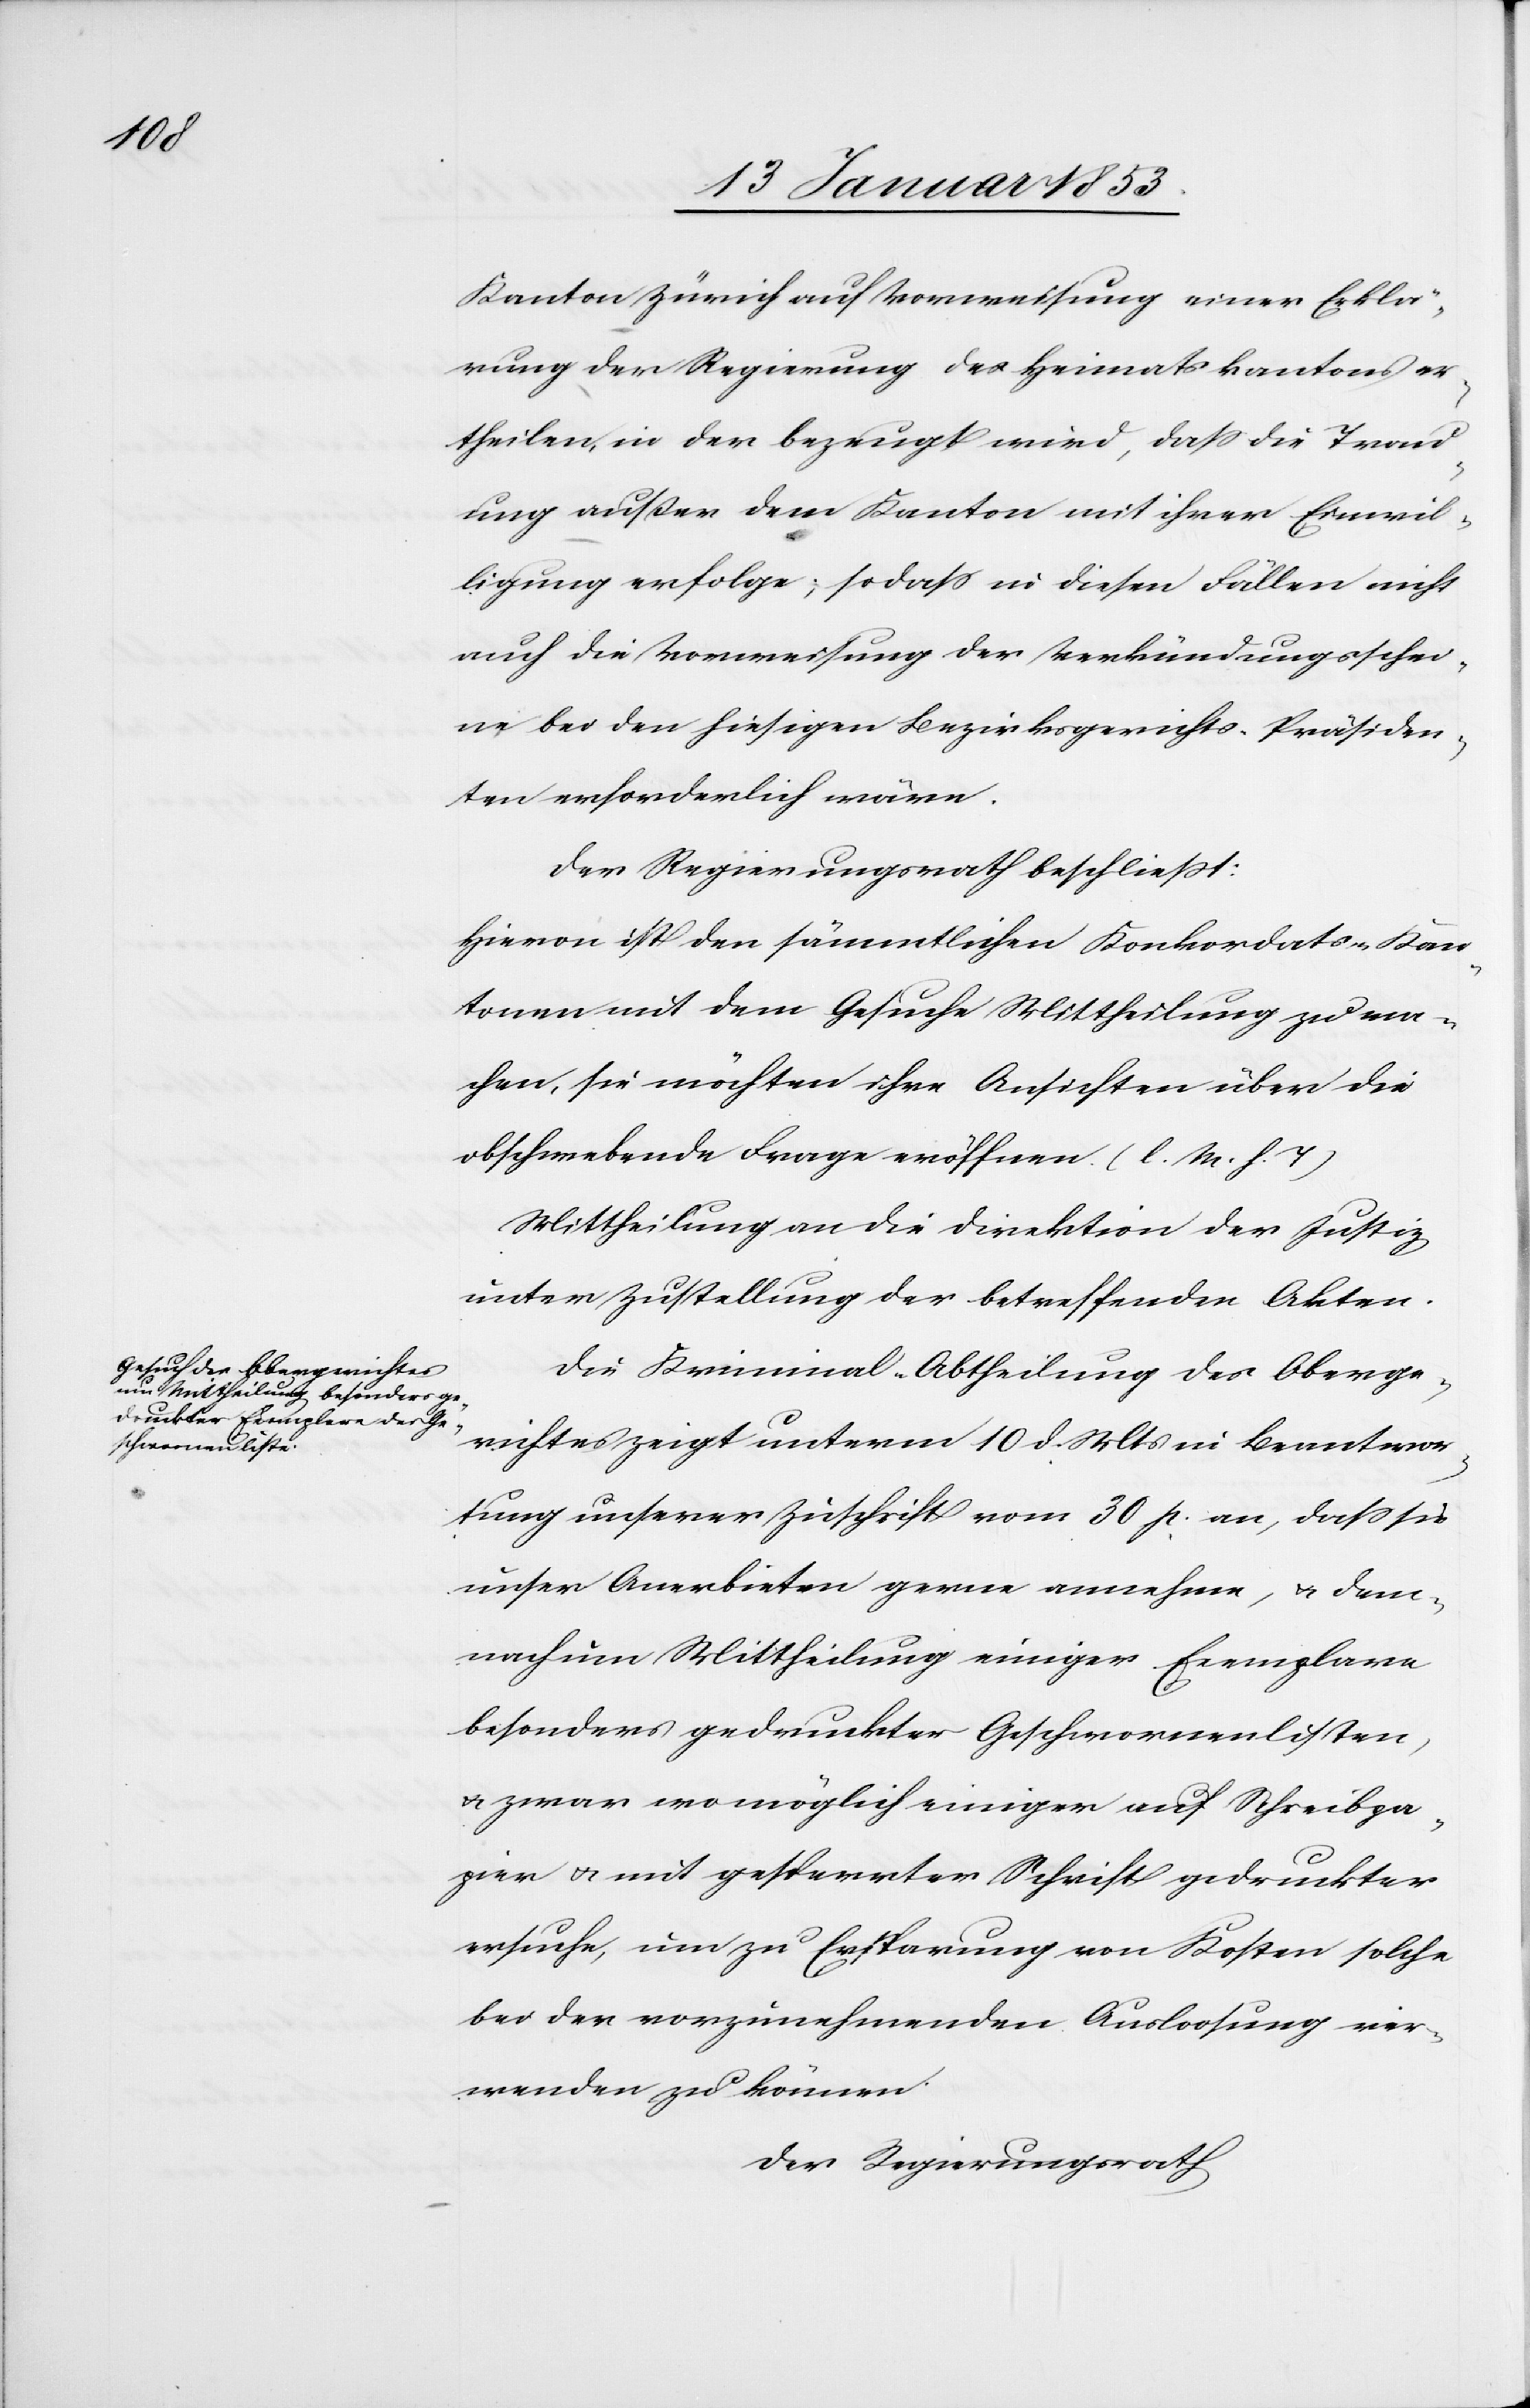
Kanton Zürich auf Vorweisung einer Erklä¬
rung der Regierung des Heimatskantons er¬
theilen, in der bezeugt wird, daß die Trau¬
ung erfolge; so daß in diesen Fällen nicht
auch die Verweisung der Verkündungsschei¬
ne bei den hiesigen Bezirksgerichts-Präsiden¬
ten erforderlich wäre.
Der Regierungsrath beschließt:
Hievon ist den sämmtlichen Konkordats-Kan¬
tonen mit dem Gesuche Mittheilung zu ma¬
chen, sie möchten ihre Ansichten über die
obschwebende Frage eröffnen [l. M. h. T]
Mittheilung an die Direktion der Justiz
unter Zustellung der betreffenden Akten.
Die Kriminal-Abtheilung des Oberge¬
richtes zeigt unterm 10 d. Mts. in Beantwor¬
tung unserer Zuschrift vom 30 p. an, daß sie
unser Anerbieten gerne annehme, u. dem¬
nach um Mittheilung einiger Exemplare
besonderer gedruckter Geschworenenlisten,
u. zwar wo möglich einiger auf Schreibpa¬
pier u. mit gesperrter Schrift gedruckter
ersuche, um zu Ersparung von Kosten solche
bei der vorzunehmenden Ausloosung ver¬
wenden zu können.
Der Regierungsrath